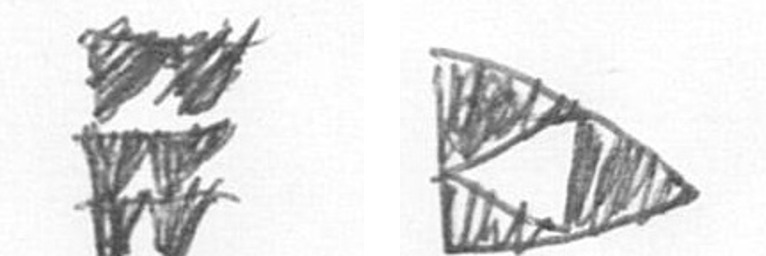
Y K